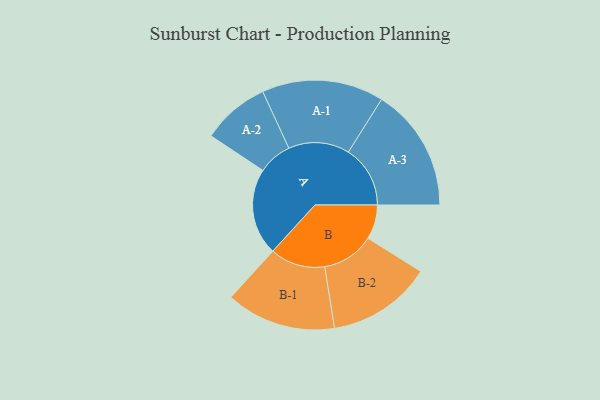
{"axis": {"x": "Segment", "y": "Value"}, "legend": ["", "A", "B"], "data": [{"x": "A", "y": 382, "type": ""}, {"x": "B", "y": 151, "type": ""}, {"x": "A-1", "y": 268, "type": "A"}, {"x": "A-2", "y": 149, "type": "A"}, {"x": "A-3", "y": 272, "type": "A"}, {"x": "B-1", "y": 242, "type": "B"}, {"x": "B-2", "y": 230, "type": "B"}]}